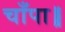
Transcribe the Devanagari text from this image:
चाँपा॥